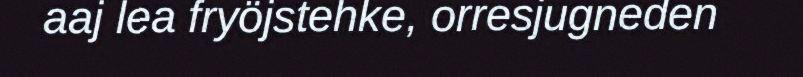
aaj lea fryöjstehke, orresjugneden